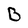
Character: B